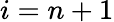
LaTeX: i=n+1